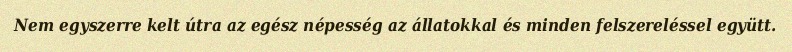
Nem egyszerre kelt útra az egész népesség az állatokkal és minden felszereléssel együtt.